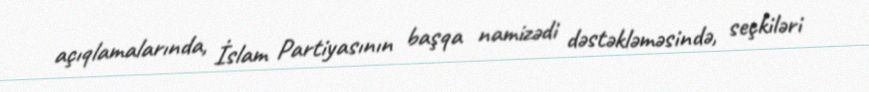
açıqlamalarında, İslam Partiyasının başqa namizədi dəstəkləməsində, seçkiləri